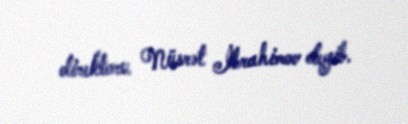
direktoru Nüsrət İbrahimov deyib.